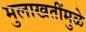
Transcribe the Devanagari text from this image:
मुलाखतींमुळे